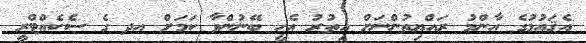
އެޤައުމުގެ އާންމު ރައްޔިތުންނަށް އިތުރު އެހީ ބޭނުންވާ ކަމަށް އދ ގެ ސެކެއްޓްރީ